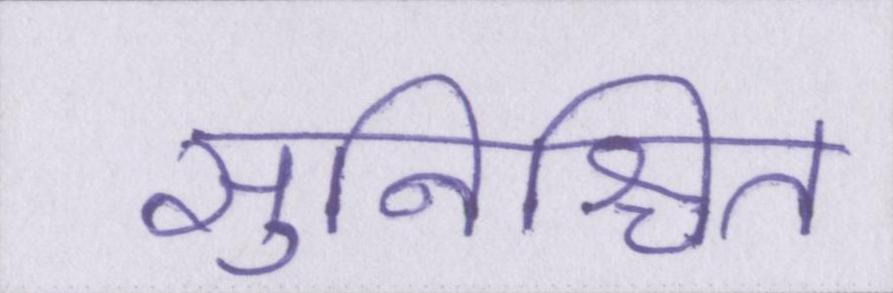
सुनिश्चित